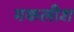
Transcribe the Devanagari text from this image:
मकलीश